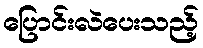
ပြောင်းလဲပေးသည့်